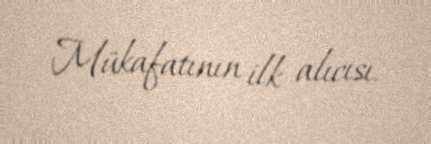
Mükafatının ilk alıcısı.